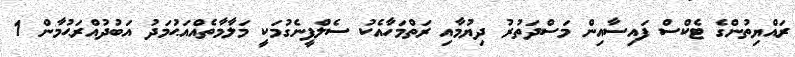
ރައްޔިތުންގެ ޓެކްސް ފައިސާއިން މަސްދަތުރު ދިޔުމާއި ރަތްމަހާއެކު ސެލްފީނެގުމަކީ މަލާމާތެއްއަޙުމަދު އަބުދުއްރަޙުމާން 1